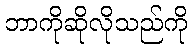
ဘာကိုဆိုလိုသည်ကို